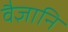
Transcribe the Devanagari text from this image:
वैज्ञानि